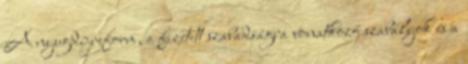
A nyugdíjreform, a fizetett szabadságra vonatkozó szabályok és a